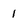
Character: 1